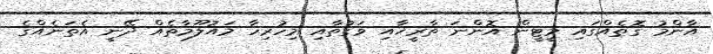
އާންމު ގޮތެއްގައި މީޓީން އޮންނަ ތާރީޚާއި ވަގުތާއި މިހުރިހާ މައުލޫމާތެއް ދޭނީ އެތަނެއްގެ